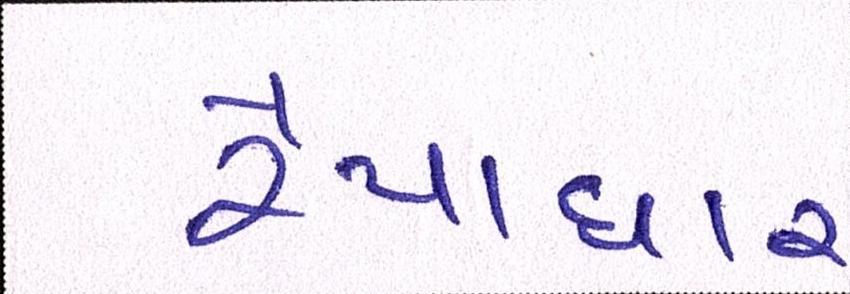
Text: રૈયાધાર